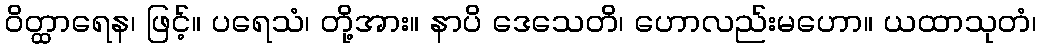
ဝိတ္ထာရေန၊ ဖြင့်။ ပရေသံ၊ တို့အား။ နာပိ ဒေသေတိ၊ ဟောလည်းမဟော။ ယထာသုတံ၊